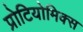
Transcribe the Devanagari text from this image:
प्रोटियोमिक्स